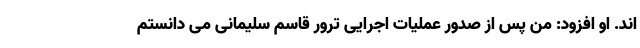
اند. او افزود: من پس از صدور عملیات اجرایی ترور قاسم سلیمانی می دانستم